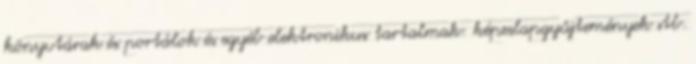
könyvtárak és portálok és egyéb elektronikus tartalmak: képeslapgyűjtemények stb.